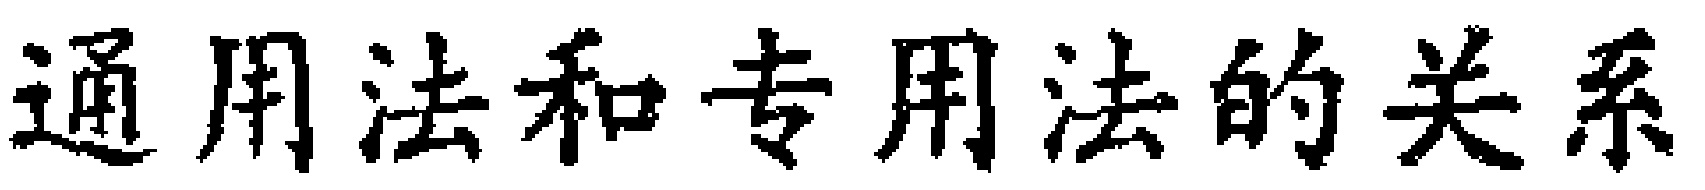
通用法和专用法的关系